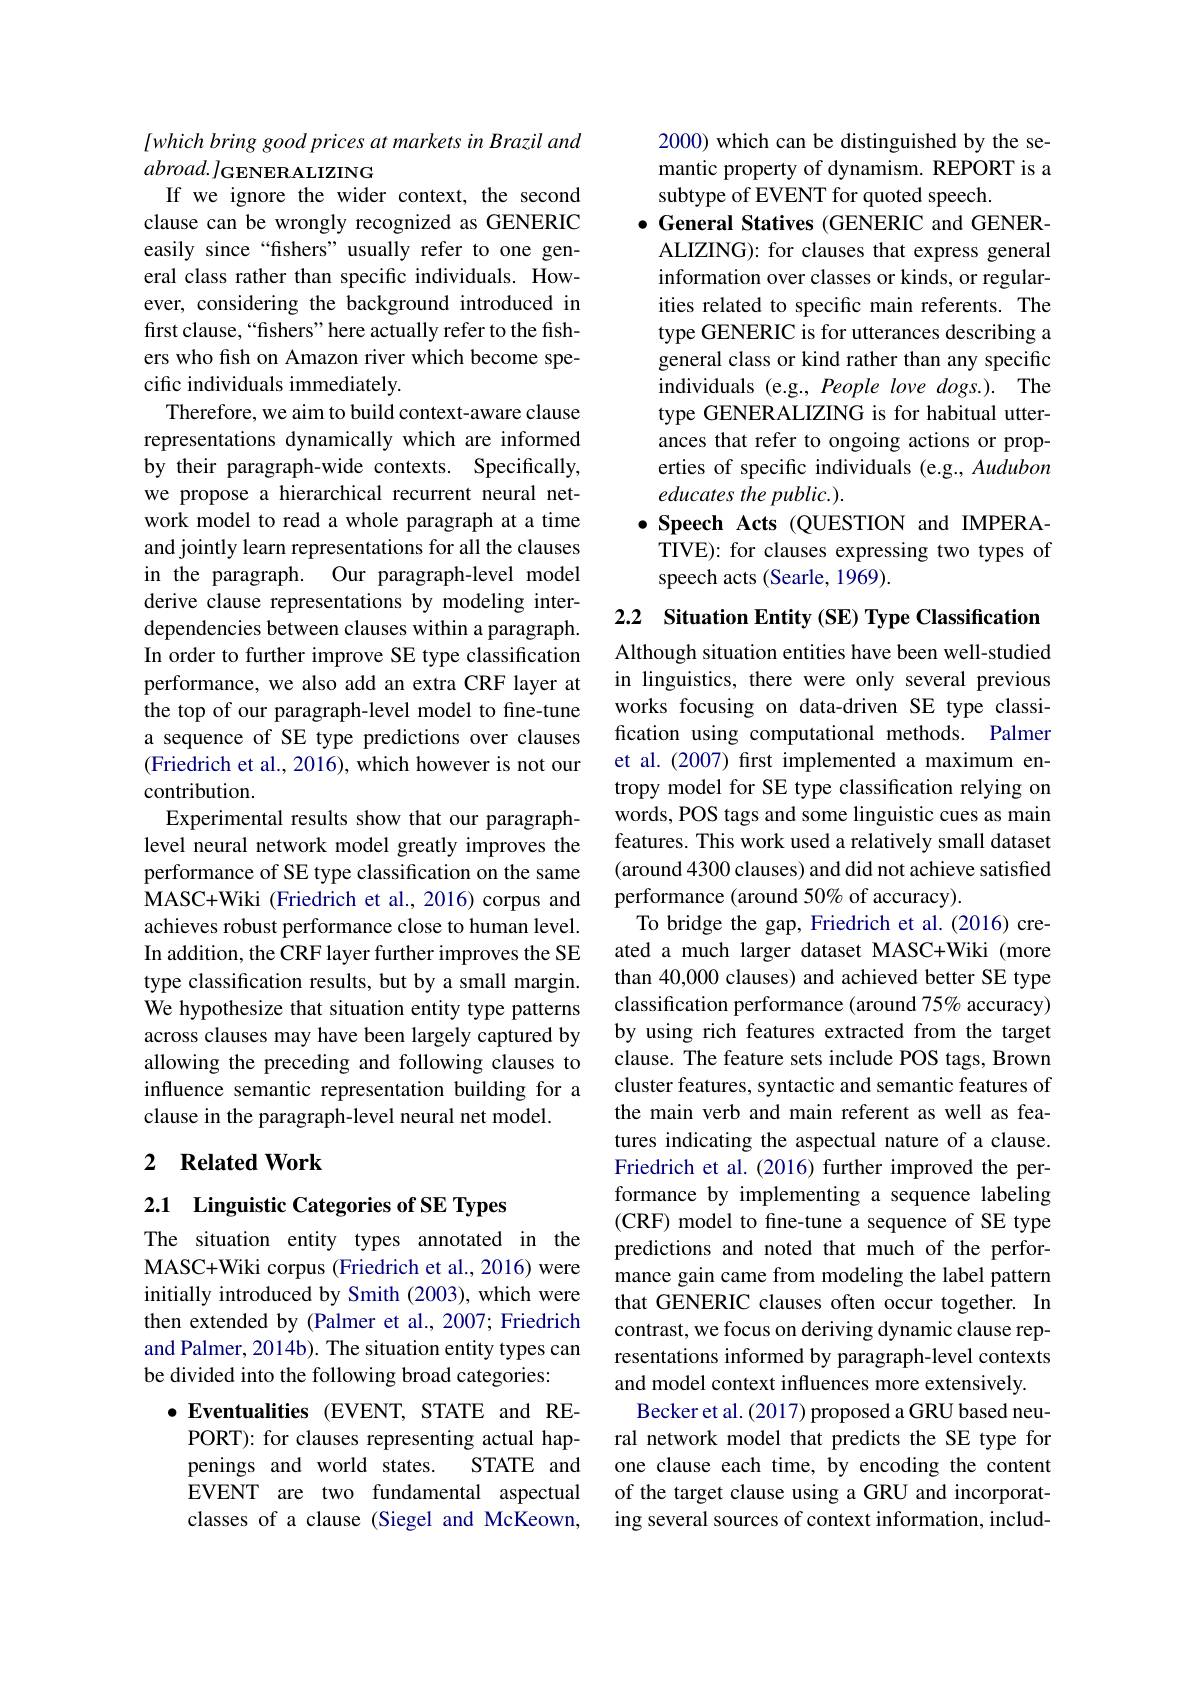
lwhichbringgoodpricesatmarketsinBraziland
$abroad.J_{\mathbf{GENERALIZING}}$
If we ignore the wider context, the second clause can be wrongly recognized as GENERIC easily since “fishers” usually refer to one general class rather than specific individuals. However, considering the background introduced in first clause, “fishers” here actually refer to the fishers who fish on Amazon river which become specific individuals immediately.
Therefore, we aim to build context-aware clause representations dynamically which are informed by their paragraph-wide contexts. Specifically, we propose a hierarchical recurrent neural network model to read a whole paragraph at a time and jointly learn representations for all the clauses in the paragraph. Our paragraph-level model derive clause representations by modeling interdependencies between clauses within a paragraph. In order to further improve SE type classification performance, we also add an extra CRF layer at the top of our paragraph-level model to fine-tune a sequence of SE type predictions over clauses (Friedrich et al., 2016), which however is not our contribution.
Experimental results show that our paragraphlevel neural network model greatly improves the performance of SE type classification on the same MASC+Wiki (Friedrich et al., 2016) corpus and achieves robust performance close to human level. In addition, the CRF layer further improves the SE type classification results, but by a small margin. We hypothesize that situation entity type patterns across clauses may have been largely captured by allowing the preceding and following clauses to influence semantic representation building for a clause in the paragraph-level neural net model.

## 2 $\textbf{Related Work}$

## 2.1 Linguistic Categories of SE Types

The situation entity types annotated in the MASC+Wiki corpus (Friedrich et al., 2016) were initially introduced by Smith (2003), which were then extended by (Palmer et al., 2007; Friedrich and Palmer, 2014b). The situation entity types can be divided into the following broad categories:
$\bullet$ Eventualities (EVENT, STATE and REPORT): for clauses representing actual hap-
STATE and
penings and world states.
EVENT are two fundamental aspectual classes of a clause (Siegel and McKeown,

2000) which can be distinguished by the semantic property of dynamism. REPORT is a subtype of EVENT for quoted speech.
$\bullet$ General Statives (GENERIC and GENERALIZING): for clauses that express general information over classes or kinds, or regularities related to specific main referents. The type GENERIC is for utterances describing a general class or kind rather than any specific individuals (e.g., People love dogs.). The type GENERALIZING is for habitual utterances that refer to ongoing actions or properties of specific individuals (e.g., Audubon educates the public.).
$\bullet$ Speech Acts (QUESTION and IMPERATIVE): for clauses expressing two types of speech acts (Searle, 1969).

2.2 Situation Entity (SE) Type Classification Although situation entities have been well-studied in linguistics, there were only several previous works focusing on data-driven SE type classification using computational methods. Palmer et al.(2007) first implemented a maximum entropy model for SE type classification relying on words, POS tags and some linguistic cues as main features. This work used a relatively small dataset (around 4300 clauses) and did not achieve satisfied performance (around 50% of accuracy).
To bridge the gap, Friedrich et al.(2016) created a much larger dataset MASC+Wiki (more than 40,000 clauses) and achieved better SE type classification performance (around 75% accuracy) by using rich features extracted from the target clause. The feature sets include POS tags, Brown cluster features, syntactic and semantic features of the main verb and main referent as well as features indicating the aspectual nature of a clause. Friedrich et al.(2016) further improved the performance by implementing a sequence labeling (CRF) model to fine-tune a sequence of SE type predictions and noted that much of the performance gain came from modeling the label pattern that GENERIC clauses often occur together. In contrast, we focus on deriving dynamic clause representations informed by paragraph-level contexts and model context influences more extensively
Becker et al. (2017) proposed a GRU based neural network model that predicts the SE type for one clause each time, by encoding the content of the target clause using a GRU and incorporating several sources of context information, includ-